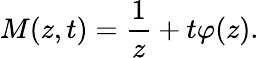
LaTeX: M(z,t)=\frac{1}{z}+t\varphi(z).